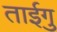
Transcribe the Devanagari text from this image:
ताईगु